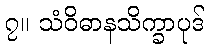
၇။ သံဝိဓာနသိက္ခာပုဒ်